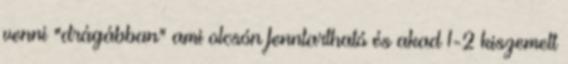
venni "drágábban" ami olcsón fenntartható és akad 1-2 kiszemelt